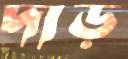
দাড়